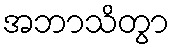
အဘာသိတွာ